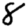
Digit: 8